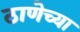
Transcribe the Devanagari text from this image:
ठाणेच्‍या